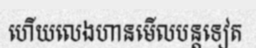
ហើយលេងហានមើលបន្តទៀត